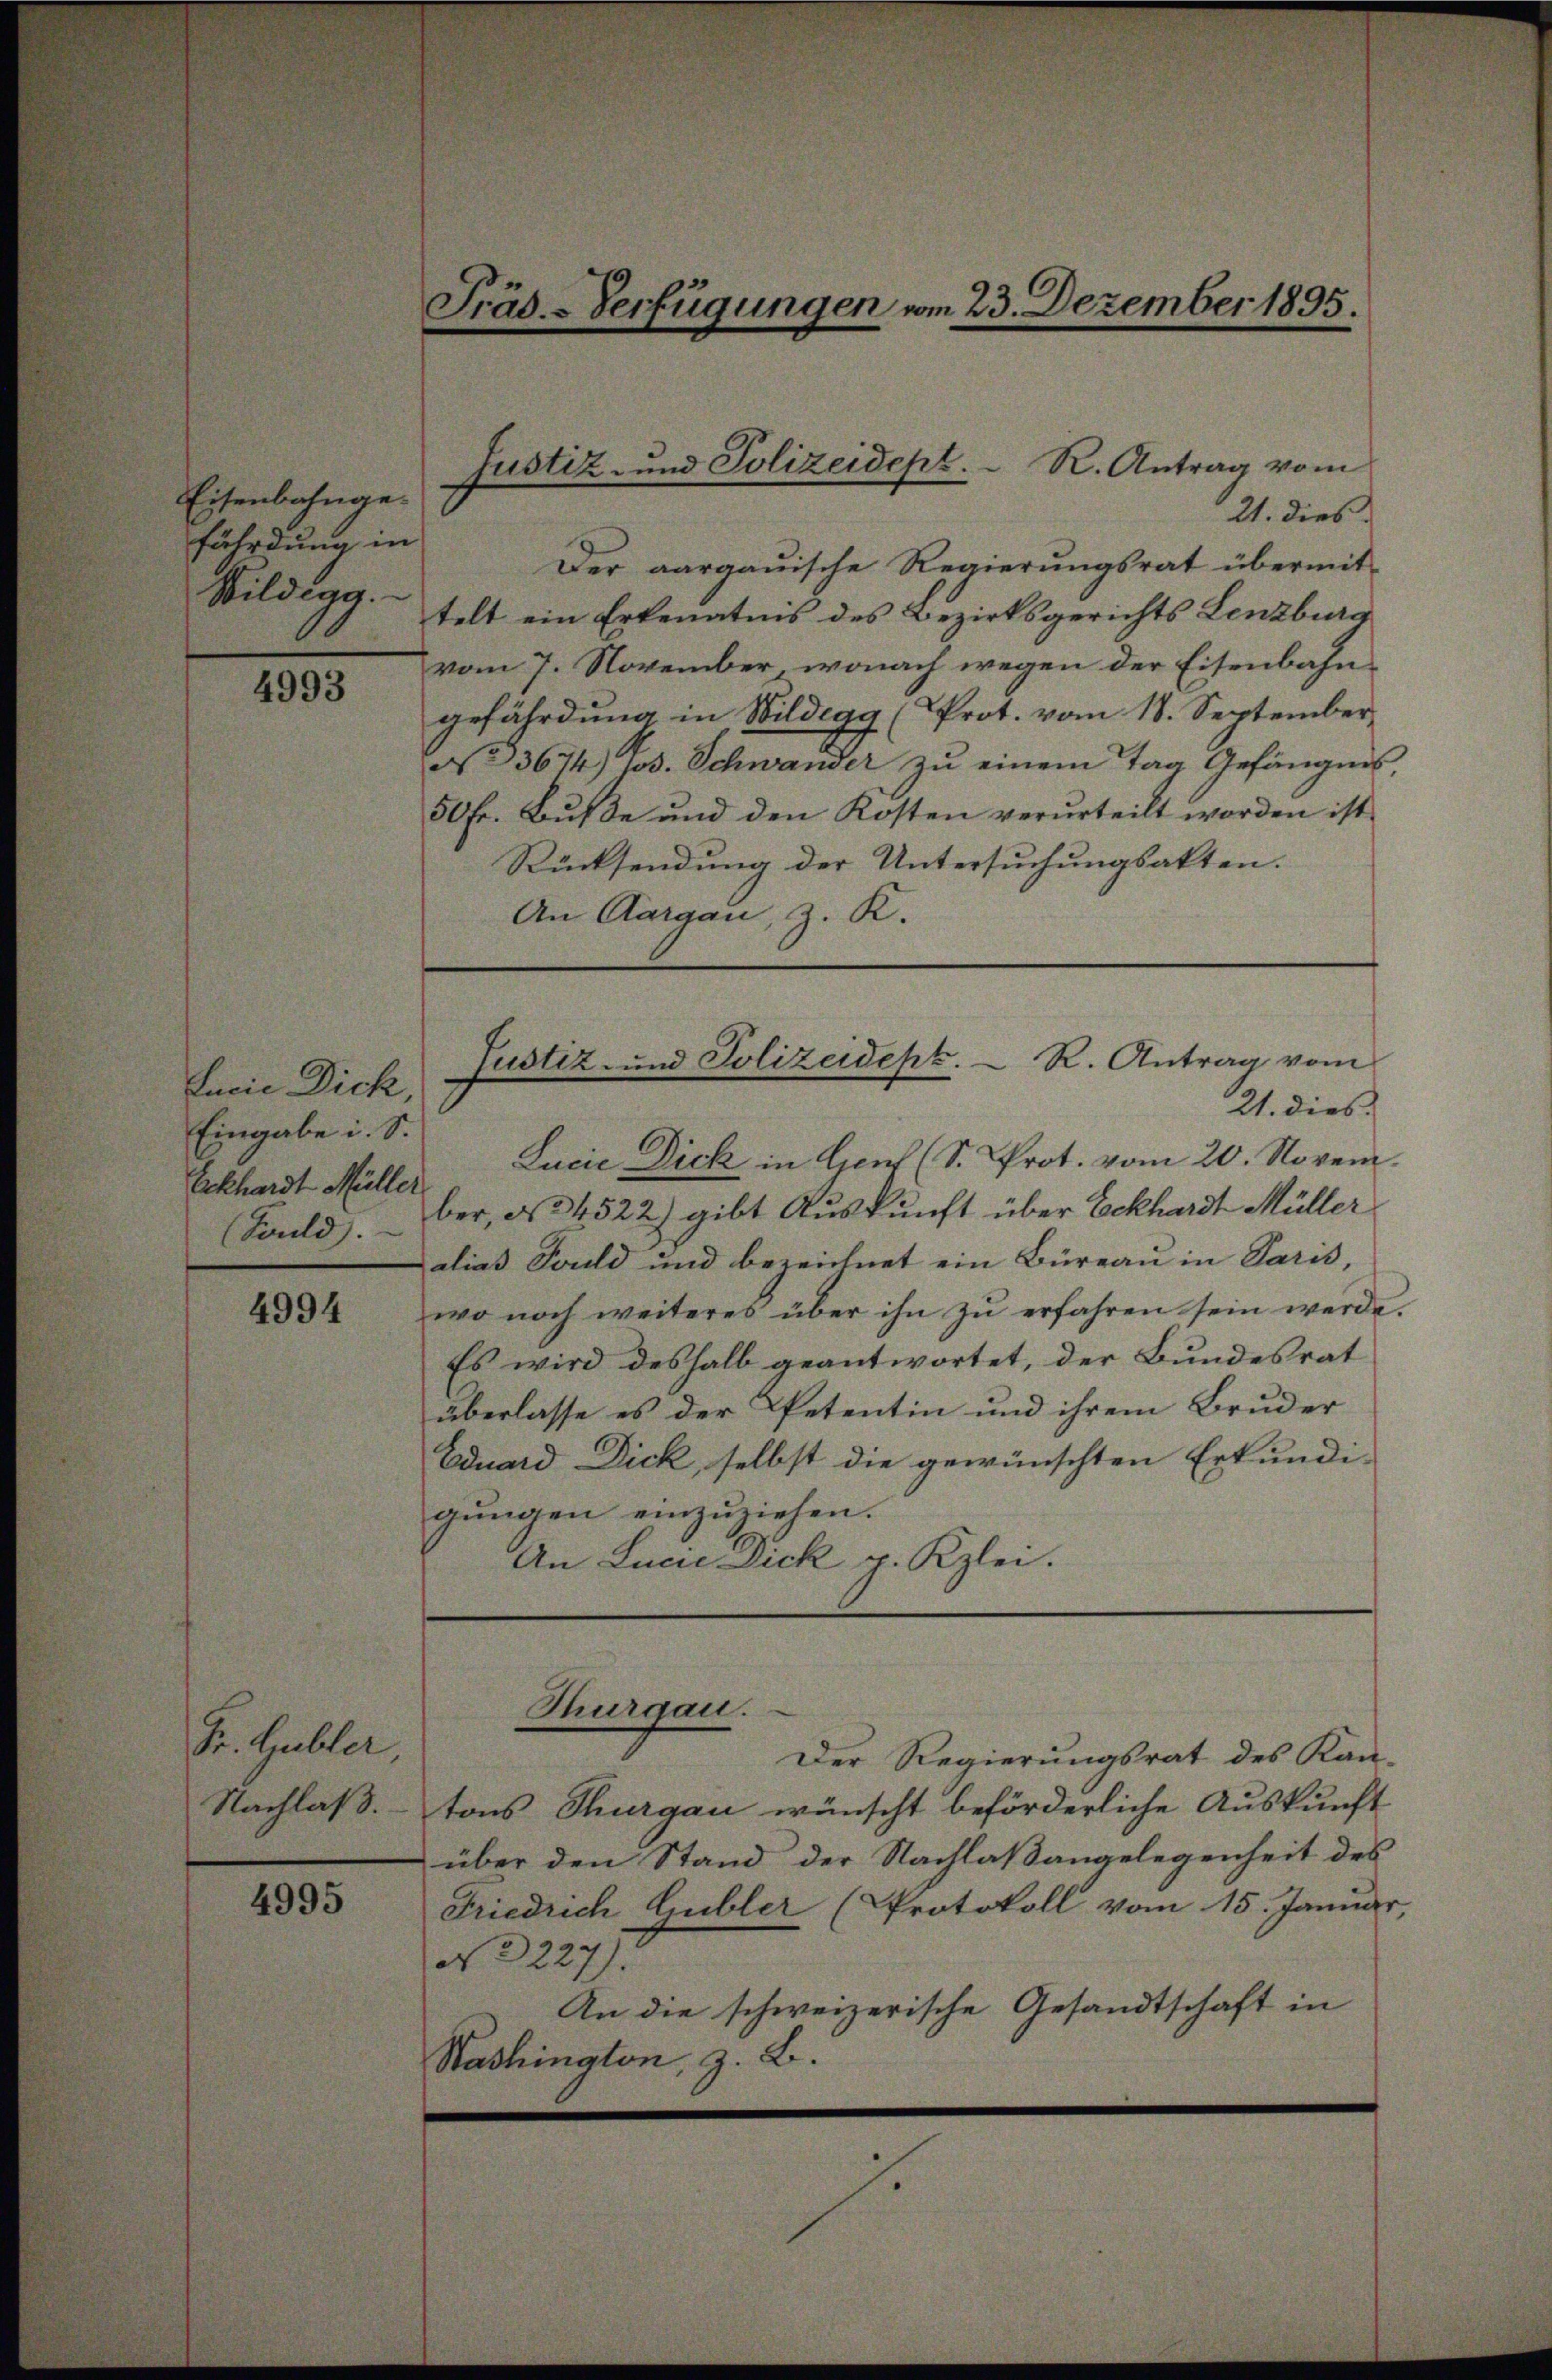
Eisenbahngefährdung in
Wildegg.

4993

Jucie Dick,
Eingabe i. S.
Erkhardt Müller

4994

Dr. Gubler,
Nachlaß.

4995

Präs.-Verfügungen vom 23. Dezember 1895.

21. dies
Der aargauische Regierungsrat übermit
telt ein Erkenntnis des Bezirksgerichts Lenzburg
vom 7. November, wonach wegen der Eisenbahngefährdung in Wildegg (Prot. vom 18. September
3674) Jos. Schwander zu einem Tag Gefängnis,
50 fr. Bŭβe und den Kosten verurteilt worden ist.
Rücksendung der Untersuchungsakten.
An Aargau, z. K.

Justiz- und Polizeidept. R. Antrag vom

Justiz- und Polizeidept. R. Antrag vom
21. dies

Lucie Dick in Genf (S. Prot. vom 20. Novem
(Bould. ber, § 4522) gibt Auskunft über Eckhardt Müller
alias Fould und bezeichnet ein Büreau in Paris,
wo noch weiteres über ihn zŭ erfahren sein werde.
Es wird deshalb geantwortet, der Bundesrat
überlasse es der Petentin und ihrem Bruder
Eduard Dick, selbst die gewünschten Erkundi-
gungen einzuziehen.
An Lucie Dick p. Kzlei.

Thurgau.

Der Regierungsrat des Kan-
tons Thurgau wünscht beförderliche Auskunft
über den Stand der Nachlaßangelegenheit des
Friedrich Gubler (Protokoll vom 15. Januar,
N 227).
An die schweizerische Gesandtschaft in
Washington, z. B.